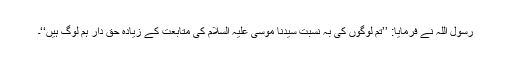
رسول اللہؐ نے فرمایا: ’’تم لوگوں کی بہ نسبت سیدنا موسیٰ علیہ السلام کی متابعت کے زیادہ حق دار ہم لوگ ہیں‘‘۔